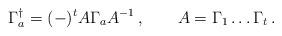
LaTeX: \begin{align*}\Gamma_a^\dagger =(-)^t A\Gamma_a A^{-1}\,,\qquad A=\Gamma_1\ldots\Gamma_t\,.\end{align*}